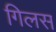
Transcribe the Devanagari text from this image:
गिलस